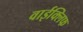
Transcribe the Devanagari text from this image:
वाईक्लिफ